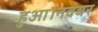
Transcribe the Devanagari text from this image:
हुआ।नवंबर